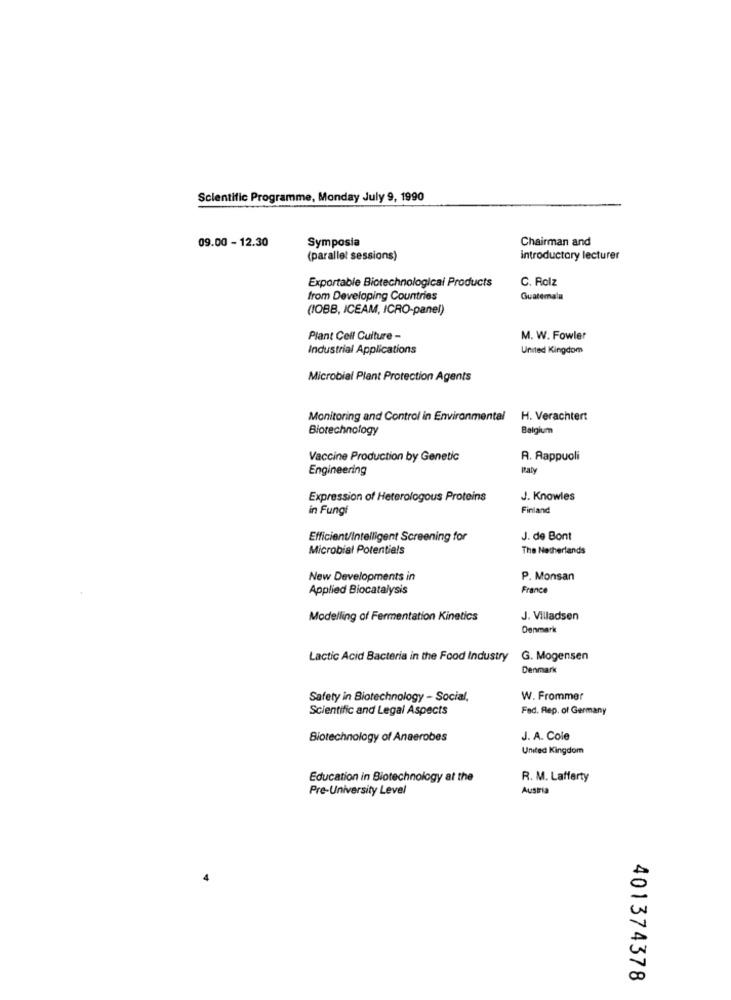
Scientific Programme, Monday July 9, 1990
09.00 - 12.30
Symposia
Chairman and
(parallel sessions)
introductory lecturer
Exportable Biotechnological Products
C. Rolz
from Developing Countries
Guatemala
(IOBB, ICEAM, ICRO-panel)
Plant Cell Culture -
M. W. Fowler
Industrial Applications
United Kingdom
Microbial Plant Protection Agents
Monitoring and Control in Environmental
H. Verachtert
Biotechnology
Belgium
Vaccine Production by Genetic
R. Rappuoli
Engineering
Expression of Heterologous Proteins
J. Knowles
in Fungi
Finland
Efficient/Intelligent Screening for
J. de Bont
Microbial Potentiels
The Netherlands
New Developments in
P. Monsan
Applied Biocatalysis
France
Modelling of Fermentation Kinetics
J. Villadsen
Denmark
Lactic Acid Bacteria in the Food Industry
G. Mogensen
Denmark
Safety in Biotechnology - Social,
W. Frommer
Scientific and Legal Aspects
Fad. Rep. of Germany
Biotechnology of Anaerobes
J. A. Cole
United Kingdom
Education in Biotechnology at the
R. M. Lafferty
Pre-University Level
Austria
401374378